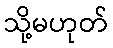
သို့မဟုတ်